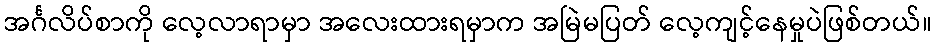
အင်္ဂလိပ်စာကို လေ့လာရာမှာ အလေးထားရမှာက အမြဲမပြတ် လေ့ကျင့်နေမှုပဲဖြစ်တယ်။